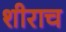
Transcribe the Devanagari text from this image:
शीराच